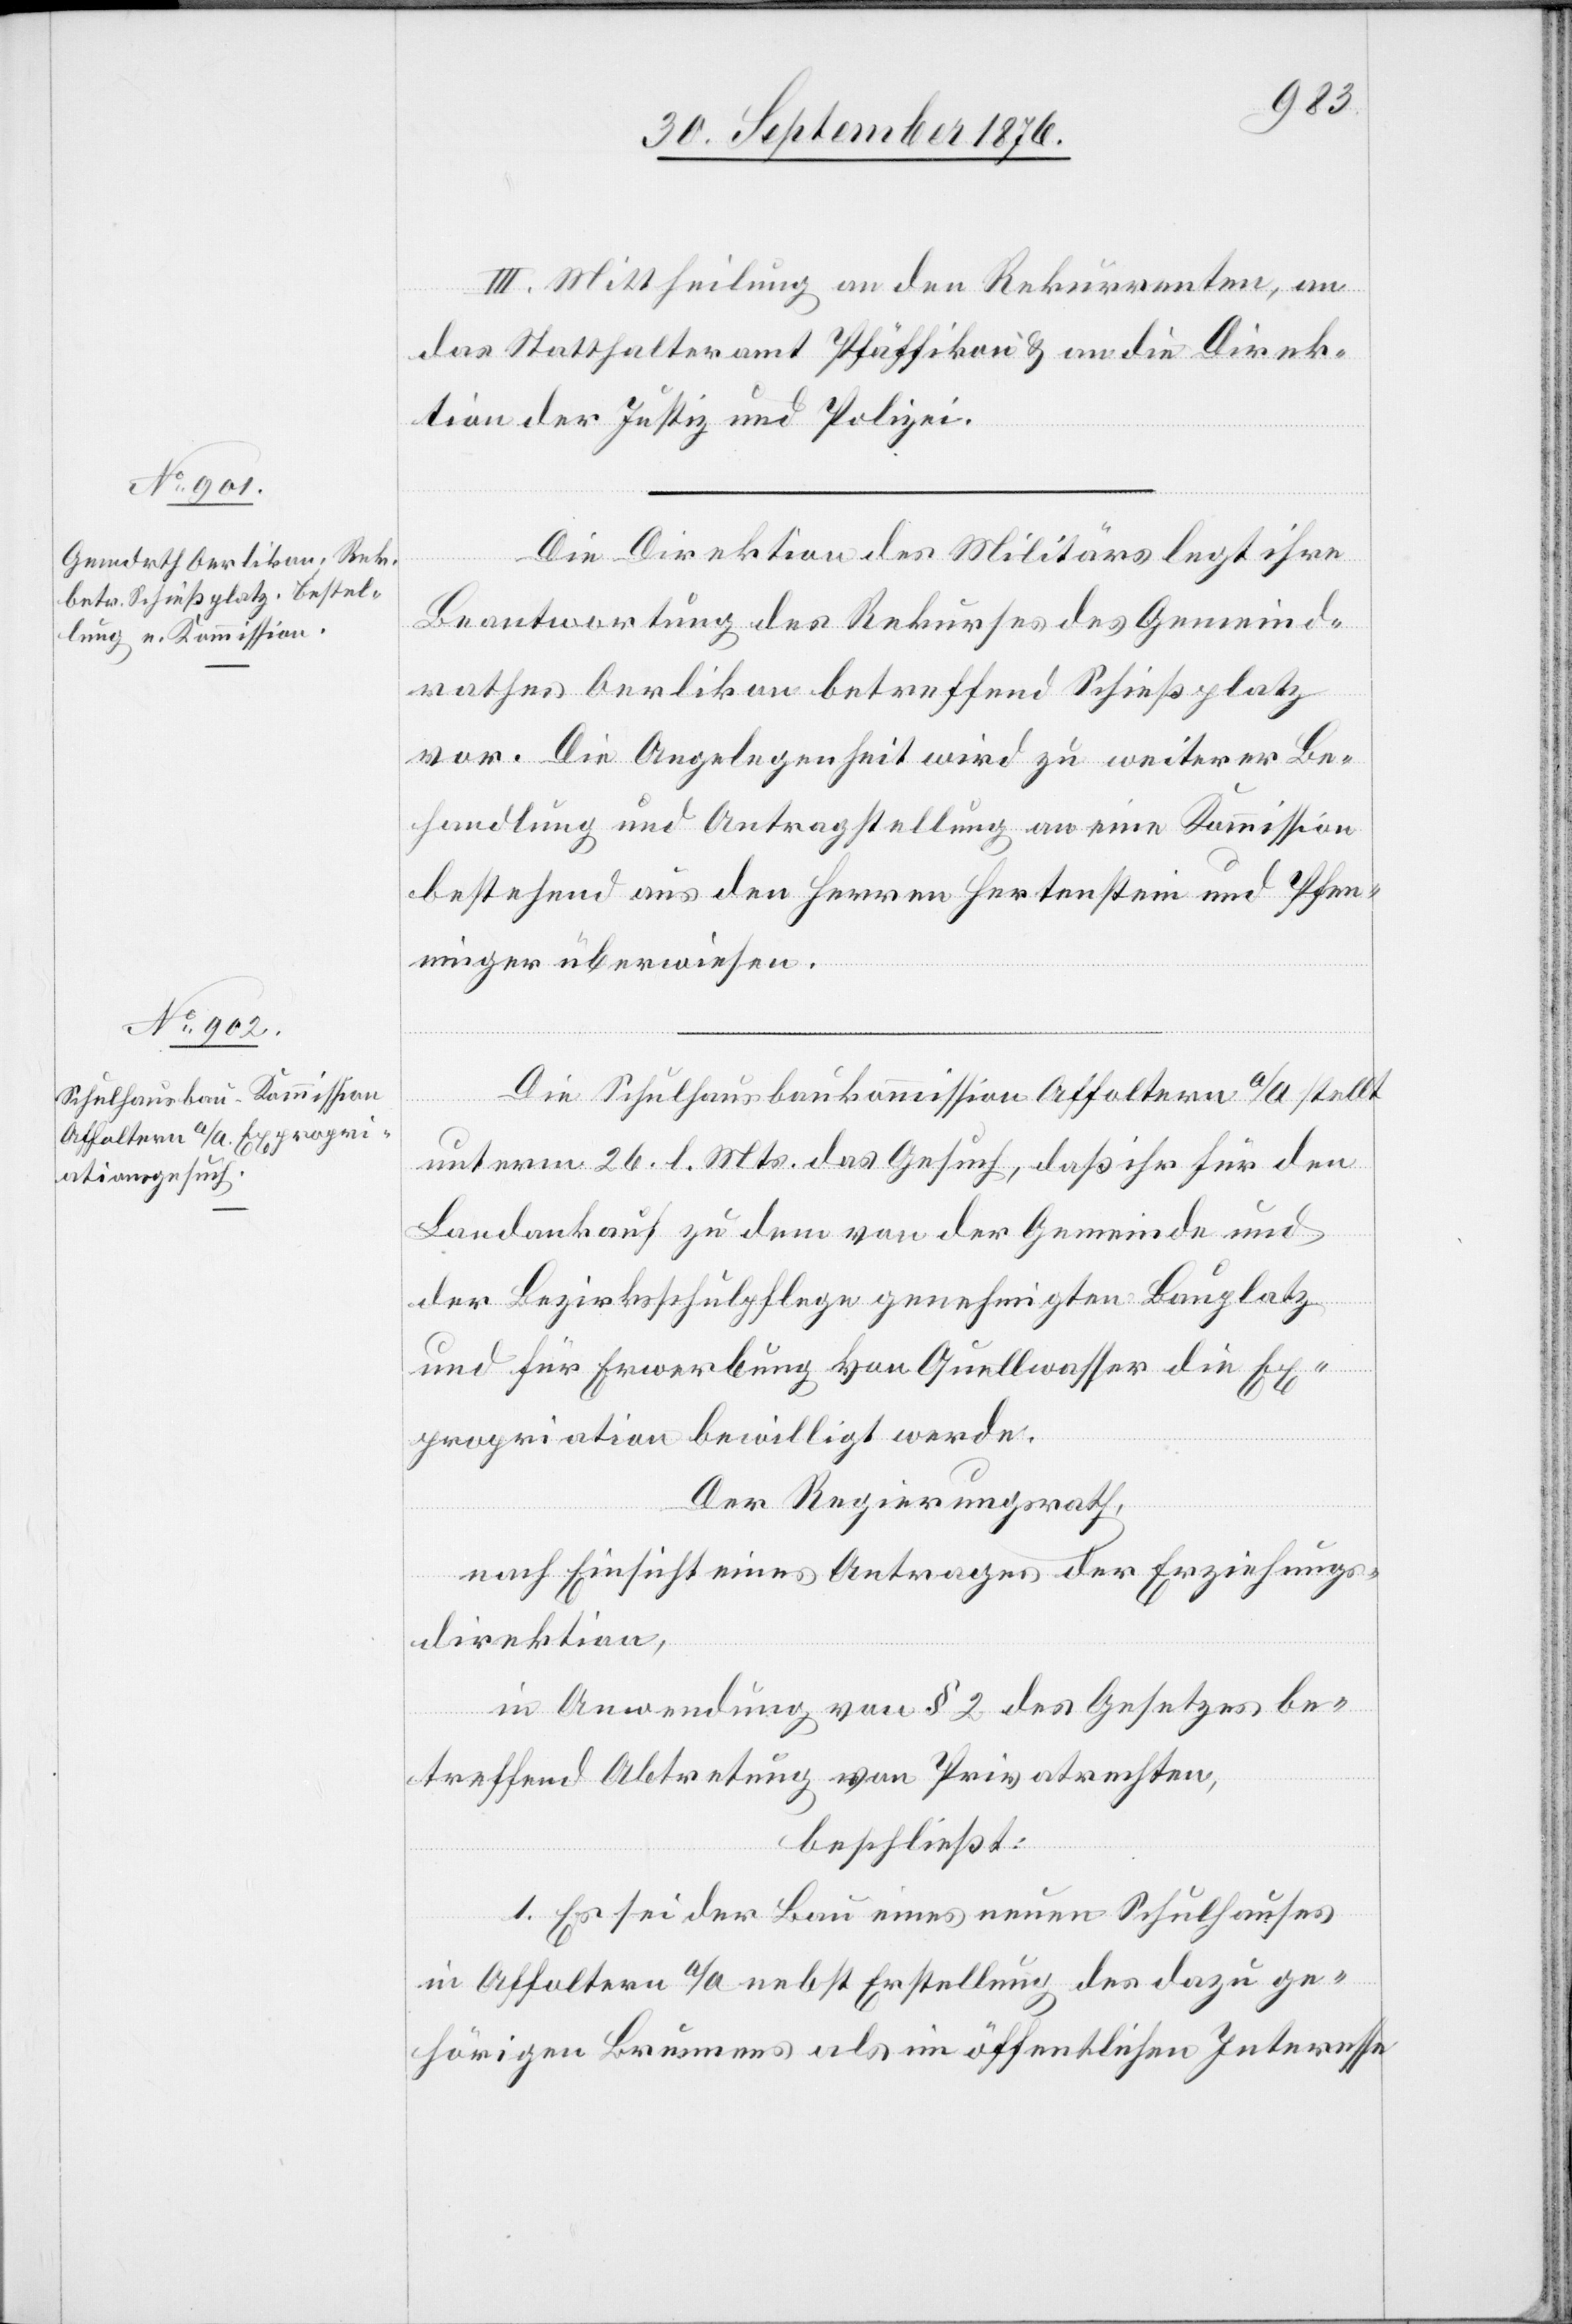
III. Mittheilung an den Rekurrenten, an
das Statthalteramt Pfäffikon & an die Direk¬
tion der Justiz und Polizei.
Die Direktion des Militärs legt ihre
Beantwortung des Rekurses des Gemeind¬
rathes Oerlikon betreffend Schießplatz
vor. Die Angelegenheit wird zu weiterer Be¬
handlung und Antragstellung an eine Kommission
bestehend aus den Herren Hertenstein und Pfen¬
ninger überwiesen.
Die Schulhauskommission Affoltern a/A stellt
unterm 26. l. Mts. das Gesuch, daß ihr für den
Landankauf zu dem von der Gemeinde und
der Bezirksschulpflege genehmigten Bauplatz
und für Erwerbung von Quellwasser die Ex¬
propriation bewilligt werde.
Der Regierungsrath,
nach Einsicht eines Antrages der Erziehungs¬
direktion,
in Anwendung von § 2 des Gesetzes be¬
treffend Abtretung von Privatrechten,
beschließt:
1. Es sei der Bau eines neuen Schulhauses
in Affoltern a/A nebst Erstellung des dazu ge¬
hörigen Brunnens als im öffentlichen Interesse